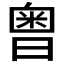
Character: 𣉭